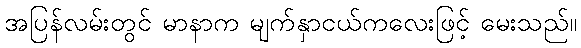
အပြန်လမ်းတွင် မာနာက မျက်နှာငယ်ကလေးဖြင့် မေးသည်။